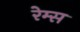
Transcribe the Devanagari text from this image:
रेम्स